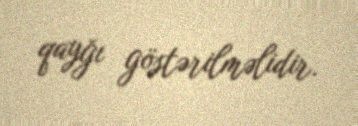
qayğı göstərilməlidir.